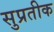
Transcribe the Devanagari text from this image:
सुप्रतीक